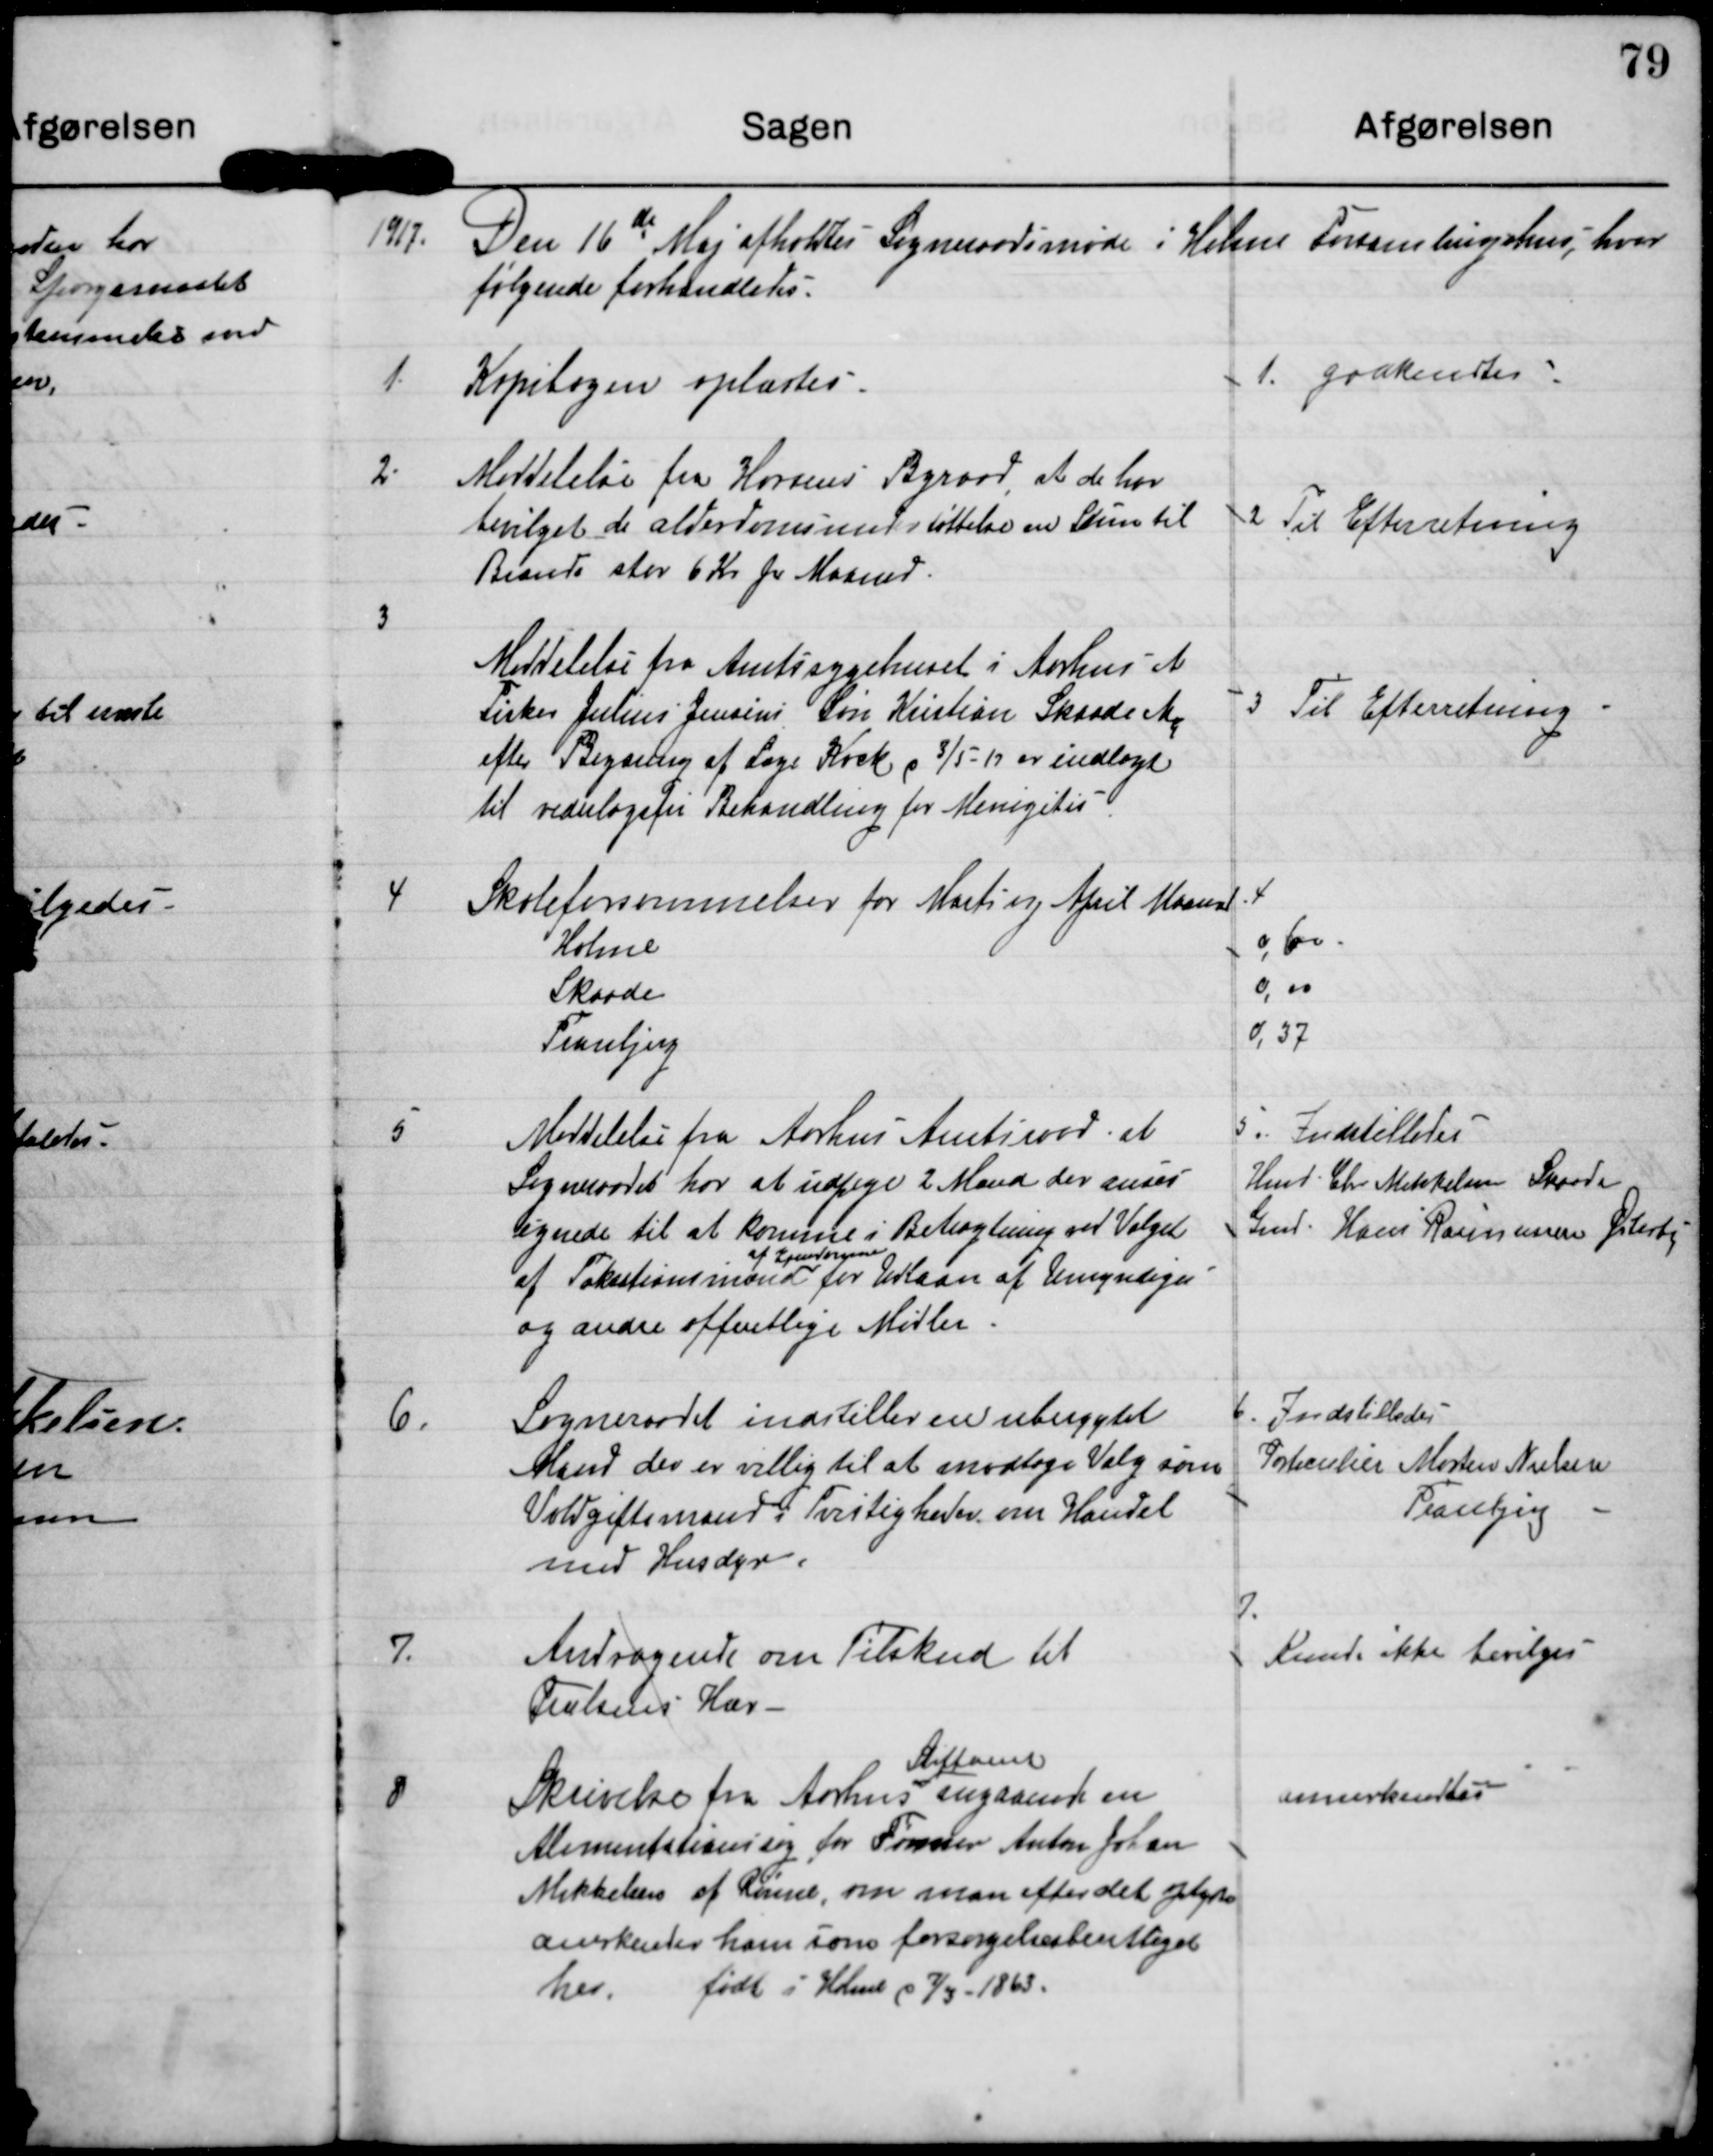
Transskription:
1917
Den 16de Maj afholdtes Sogneraadsmøde i Holme Forsamlingshus, hvor
følgende forhandledes

1.
Kopibogen oplæstes

1. godkendtes

2. Meddelelse fra Horsens Byraad, at de har
bevilget de alderdomsunderstøttelse en Sum til
Brænde stor 6 kr pr Maaned.

2 Til Efterretning

3
Meddelelse fra Amtssygehuset i Aarhus at
Fisker Julius Jensens Søn Kristian Skaade M
efter Befæring af Læge Kock d 3/5-17 er indlagt
til vederlagsfri Behandling for Menigitis

3 Til Efterretning

4
Skoleforsummelser for Marts og April Maaned
Holme
0,60
Skaade
0,00
Tranbjerg
0,37

5
Meddelelse fra Aarhus Amtsraad at
Sogneraadet har at udpege 2 Mand der anses
egnede til at komme i Betragtning ved Valget
af Taksationsmand for Udlaan af Umyndiges
af Ejendomme
og andre offentlige Midler

5. Indstilledes
Hmd Chr Mikkelsen Skaade
Gmd Hans Rasmussen Østerby

6.
Sogneraadet indstiller en uberygtet
Mand der er villig til at modtage Valg som
Voldgiftsmand i Tvistigheder om Handel
med Husdyr.

6. Indstilledes
T? Morten Nielsen
Tranbjerg

7.
Andragende om Tilskud til
Frelsens Hær.

7.
Kunde ikke bevilges

8
Skrivelse fra Aarhus angaaende en
Stiftamt
Alimentationssag for Tømrer Anton Johan
Mikkelsen af Rønne , om man efter det oplyste
anerkender ham som forsørgelsesberettiget
her. født i Holme d 7/3-1863.

annerkendtes